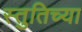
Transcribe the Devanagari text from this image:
स्तुतिच्या